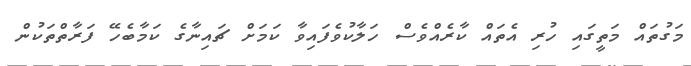
މަގުތައް މަތީގައި ހުރި އެތައް ކާރެއްވެސް ހަލާކުވެފައިވާ ކަމަށް ޗައިނާގެ ކަމާބެހޭ ފަރާތްތަކުން